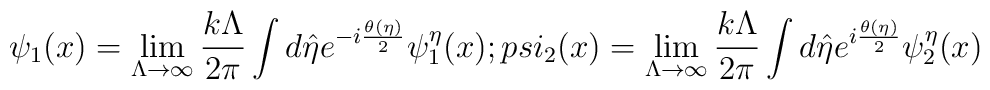
\psi_1(x)=\lim_{\Lambda\rightarrow \infty}\frac{k\Lambda}{2\pi }\int d\hat\eta e^{-i\frac{\theta(\eta)}{2}}\psi_1^{\eta}(x); \ \\psi_2(x)=\lim_{\Lambda\rightarrow \infty}\frac{k\Lambda}{2\pi }\int d\hat\eta e^{i\frac{\theta(\eta)}{2}}\psi_2^{\eta}(x)